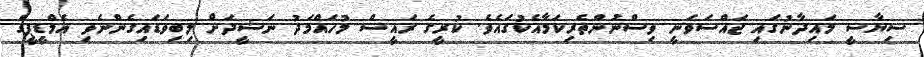
ސިޔާސީ މައިދާނުގައި ޖައްސަވަނީ ވިސްނުންތެރިކަމާއެކުގައެވެ. ކުރީގެ ރައީސް މުހައްމަދު ނަޝީދަށް ލިބިވަޑައިގެންނެވި އެމްޑީޕީގެ